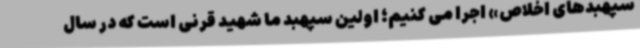
سپهبدهای اخلاص» اجرا می کنیم؛ اولین سپهبد ما شهید قرنی است که در سال